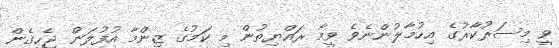
ވީ މިސަރުކާރުގެ އިހުމާލުންނެވެ ވީމާ ރައްޔިތުން މި ކަމުގެ ޒިންމާ އުފުލަން ޖެހިގެން